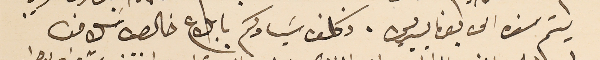
يتم سفره الى بونايسيريس. وكلف سَيادكم بابلاع خالص سَلامنا